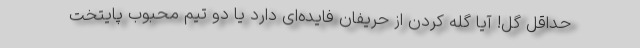
حداقل گل! آیا گله کردن از حریفان فایده‌ای دارد یا دو تیم محبوب پایتخت